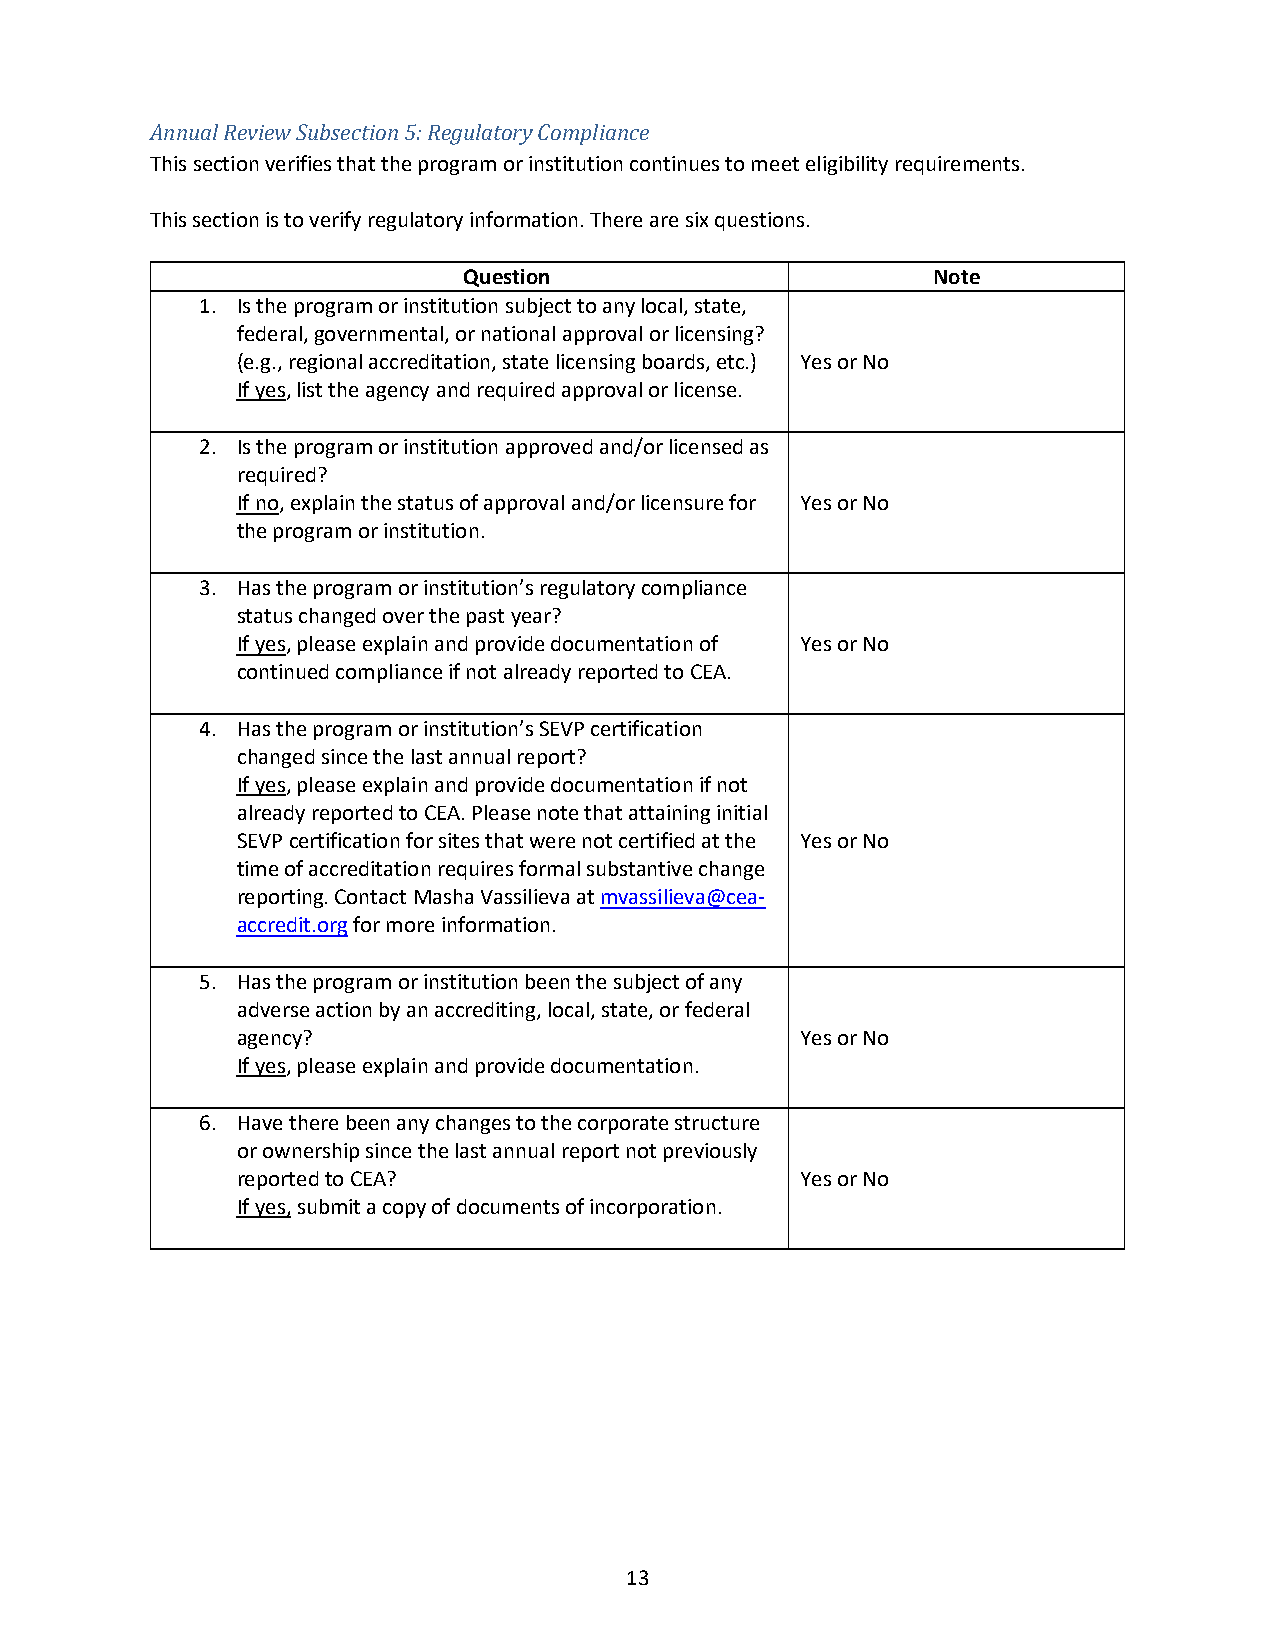
Annual Review Subsection 5: Regulatory Compliance
 This section verifies that the program or institution continues to meet eligibility requirements.
 This section is to verify regulatory information. There are six questions.
 Question                       Note
 1. Is the program or institution subject to any local, state,
 federal, governmental, or national approval or licensing?
 (e.g., regional accreditation, state licensing boards, etc.) Yes or No
 If yes, list the agency and required approval or license.
 2. Is the program or institution approved and/or licensed as
 required?
 If no, explain the status of approval and/or licensure for Yes or No
 the program or institution.
 3. Has the program or institution’s regulatory compliance
 status changed over the past year?
 If yes, please explain and provide documentation of Yes or No
 continued compliance if not already reported to CEA.
 4. Has the program or institution’s SEVP certification
 changed since the last annual report?
 If yes, please explain and provide documentation if not
 already reported to CEA. Please note that attaining initial
 SEVP certification for sites that were not certified at the Yes or No
 time of accreditation requires formal substantive change
 reporting. Contact Masha Vassilieva at mvassilieva@cea-
 accredit.org for more information.
 5. Has the program or institution been the subject of any
 adverse action by an accrediting, local, state, or federal
 agency?                              Yes or No
 If yes, please explain and provide documentation.
 6. Have there been any changes to the corporate structure
 or ownership since the last annual report not previously
 reported to CEA?                     Yes or No
 If yes, submit a copy of documents of incorporation.
 13